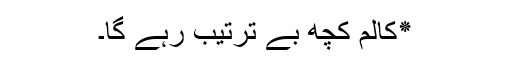
٭کالم کچھ بے ترتیب رہے گا۔